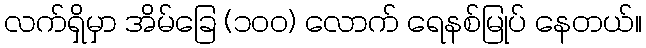
လက်ရှိမှာ အိမ်ခြေ (၁၀၀) လောက် ရေနစ်မြုပ် နေတယ်။